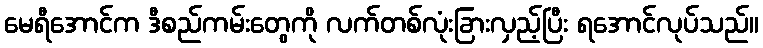
မေရီအောင်က ဒီစည်ကမ်းတွေကို လက်တစ်လုံးခြားလှည့်ပြီး ရအောင်လုပ်သည်။